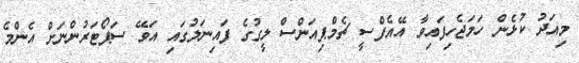
މިއަދު ކުޅެން ހަމަޖެހިފައިވާ އޭއެފްސީ ޗެމްޕިއަންސް ލީގުގެ ފައިނަލުގައި އަވޭ ސަޕޯޓަރުންނަށް އެންމެ